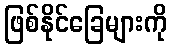
ဖြစ်နိုင်ခြေများကို